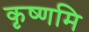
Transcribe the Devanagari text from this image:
कृष्णमि